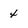
Character: 4